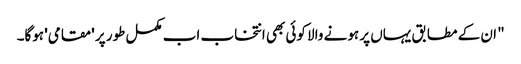
" ان کے مطابق یہاں پر ہونے والا کوئی بھی انتخاب اب مکمل طور پر 'مقامی' ہوگا۔